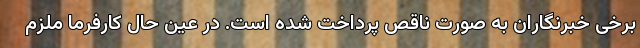
برخی خبرنگاران به صورت ناقص پرداخت شده است. در عین حال کارفرما ملزم